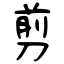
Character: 剪